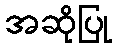
အဆိုပြု